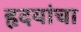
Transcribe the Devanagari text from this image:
हृदयांचा